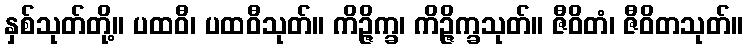
နှစ်သုတ်တို့။ ပထဝီ၊ ပထဝီသုတ်။ ကိဉ္ဇိက္ခ၊ ကိဉ္ဇိက္ခသုတ်။ ဇီဝိတံ၊ ဇီဝိတသုတ်။